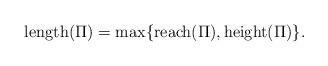
\begin{align*}\mathrm{length}(\Pi) = \max\{\mathrm{reach}(\Pi), \mathrm{height}(\Pi)\} .\end{align*}